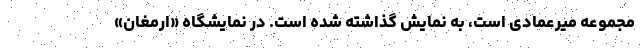
مجموعه میرعمادی است، به نمایش گذاشته شده است. در نمایشگاه «ارمغان»